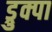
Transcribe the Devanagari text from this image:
ड्रुक्पा